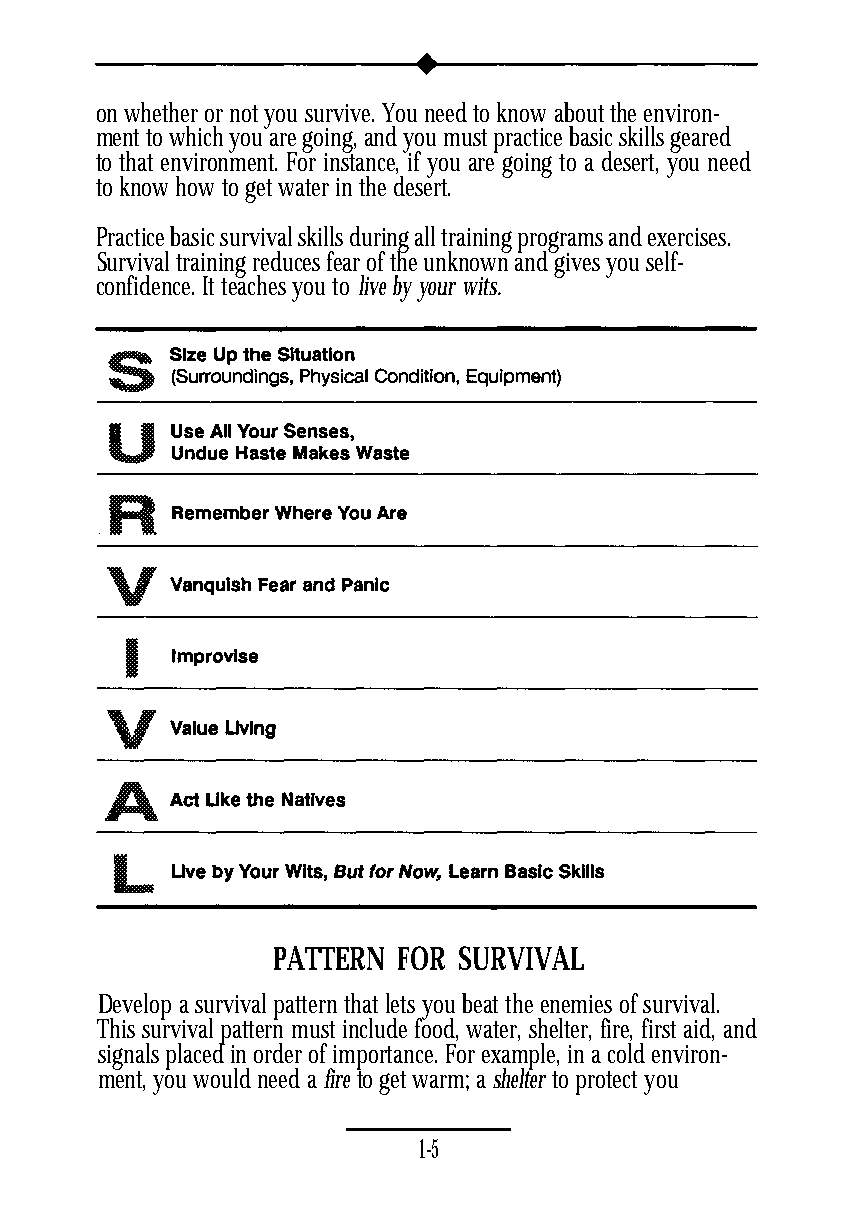
on whether or not you survive. You need to know about the environ-
 ment to which you are going, and you must practice basic skills geared
 to that environment. For instance, if you are going to a desert, you need
 to know how to get water in the desert.
 Practice basic survival skills during all training programs and exercises.
 Survival training reduces fear of the unknown and gives you self-
 confidence. It teaches you to live by your wits.
 PATTERN FOR SURVIVAL
 Develop a survival pattern that lets you beat the enemies of survival.
 This survival pattern must include food, water, shelter, fire, first aid, and
 signals placed in order of importance. For example, in a cold environ-
 ment, you would need a fire to get warm; a shelter to protect you
 1-5